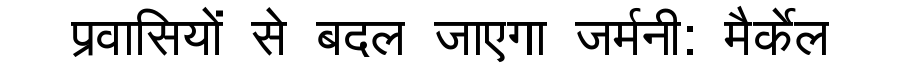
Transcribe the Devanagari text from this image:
प्रवासियों से बदल जाएगा जर्मनी: मैर्केल